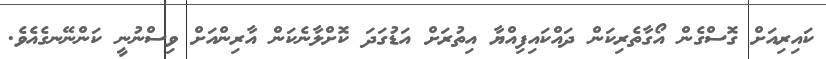
ކައިރިއަށް ގޮސްގެން އޯގާތެރިކަން ދައްކައިފިއްޔާ އިތުރަށް އަޑުގަދަ ކޮށްލާނެކަން އާރިންއަށް ވިސްނުނީ ކަންނޭނގެއެވެ.